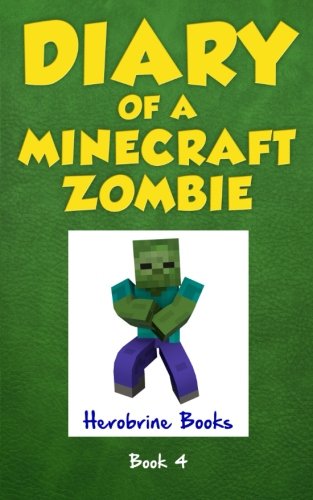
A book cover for Diary of a Minecraft Zombie Book 4: Zombie Swap; Herobrine Books; Children's Books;